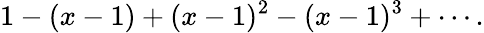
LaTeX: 1-(x-1)+(x-1)^{2}-(x-1)^{3}+\cdots.